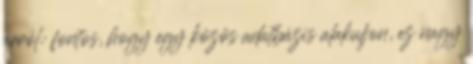
arról: fontos, hogy egy közös adatbázis alakuljon, ez nagy